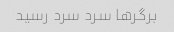
برگر‌ها سرد سرد رسید